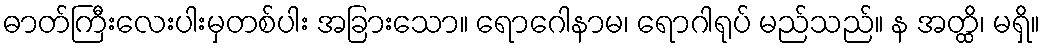
ဓာတ်ကြီးလေးပါးမှတစ်ပါး အခြားသော။ ရောဂေါနာမ၊ ရောဂါရုပ် မည်သည်။ န အတ္ထိ၊ မရှိ။